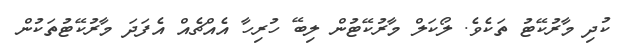
ކުދި މާރުކޭޓު ތަކެވެ. ލޯކަލް މާރުކޭޓުން ލިބޭ ހުރިހާ އެއްޗެއް އެފަދަ މާރުކޭޓުތަކުން